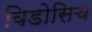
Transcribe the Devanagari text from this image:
विडोसिच